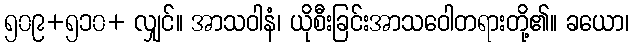
၅၀၉+၅၁၀+ လျှင်။ အာသဝါနံ၊ ယိုစီးခြင်းအာသဝေါတရားတို့၏။ ခယော၊